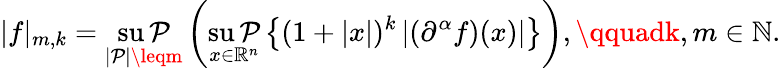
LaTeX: |f|_{m,k}=\operatorname*{su\mathcal{P}}_{|\mathcal{P}|\leqm}\left(\operatorname*{su\mathcal{P}}_{x\in\mathbb{{R}}^{n}}\left\{ (1+|x|)^{k}\left|(\partial^{\alpha}f)(x)\right|\right\} \right),\qquadk,m\in\mathbb{{N}}.